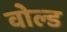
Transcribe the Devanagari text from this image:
वोल्ड